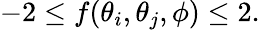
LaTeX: \begin{array}{r}{-2\le f(\theta_{i},\theta_{j},\phi)\le 2.}\end{array}